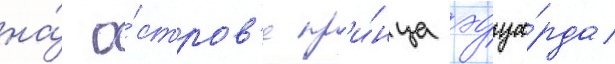
на́ о́стров'е пр'и́нца эдуа́рда